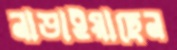
নাড়াইয়াছেন